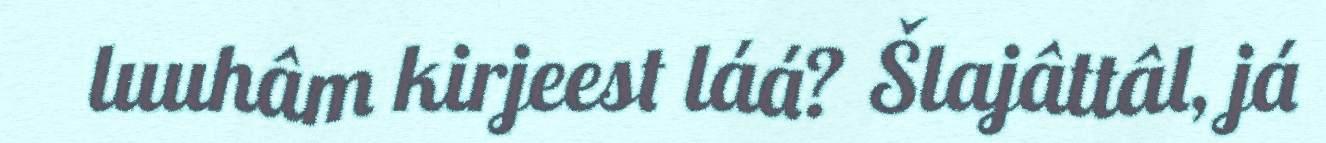
luuhâm kirjeest láá? Šlajâttâl, já